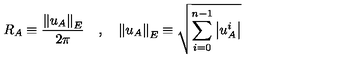
R _ { A } \equiv \frac { \left\| u _ { A } \right\| _ { E } } { 2 \pi } \quad , \quad \left\| u _ { A } \right\| _ { E } \equiv \sqrt { \sum _ { i = 0 } ^ { n - 1 } \left| u _ { A } ^ { i } \right| }